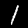
Digit: 1